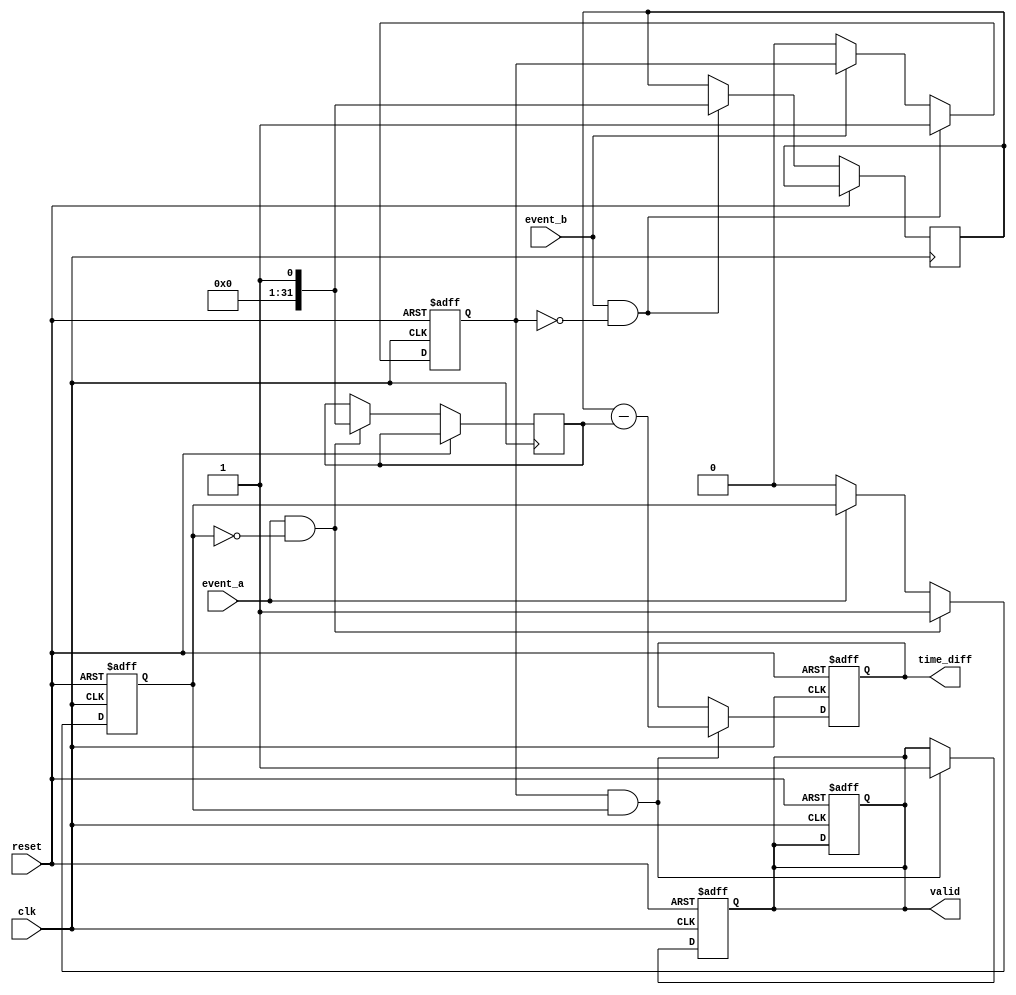
module TDC (
    input wire clk,               // High-frequency clock
    input wire reset,             // Reset signal
    input wire event_a,           // Input signal for Event A
    input wire event_b,           // Input signal for Event B
    output reg [31:0] time_diff,  // Output for time difference
    output reg valid              // Output valid signal
);

    reg [31:0] timestamp_a;       // Timestamp for Event A
    reg [31:0] timestamp_b;       // Timestamp for Event B
    reg event_a_detected;         // Flag to indicate Event A detected
    reg event_b_detected;         // Flag to indicate Event B detected

    // Event Detecting Logic
    always @(posedge clk or posedge reset) begin
        if (reset) begin
            event_a_detected <= 1'b0;
            event_b_detected <= 1'b0;
            valid <= 1'b0;
        end
        else begin
            // Detect rising edge of Event A
            if (event_a && !event_a_detected) begin
                timestamp_a <= $time;  // Capture the timestamp
                event_a_detected <= 1'b1; // Set flag for Event A
            end
            else if (!event_a) begin
                event_a_detected <= 1'b0; // Clear flag if Event A goes low
            end
            
            // Detect rising edge of Event B
            if (event_b && !event_b_detected) begin
                timestamp_b <= $time;  // Capture the timestamp
                event_b_detected <= 1'b1; // Set flag for Event B
            end
            else if (!event_b) begin
                event_b_detected <= 1'b0; // Clear flag if Event B goes low
            end
        end
    end

    // Calculate Time Difference
    always @(posedge clk or posedge reset) begin
        if (reset) begin
            time_diff <= 32'b0;      // Reset time difference
            valid <= 1'b0;           // Invalidate output
        end
        else if (event_b_detected && event_a_detected) begin
            time_diff <= timestamp_b - timestamp_a; // Calculate difference
            valid <= 1'b1;          // Set valid signal
        end
    end

endmodule